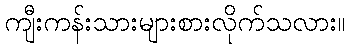
ကျီးကန်းသားများစားလိုက်သလား။